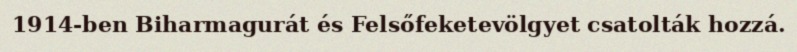
1914-ben Biharmagurát és Felsőfeketevölgyet csatolták hozzá.